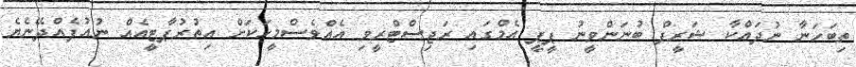
ތިބަހަނާ ނުދައްކާ ޝަރީފް ބުނަންވީނު ޕީޕީ އެމްގައި ރަޖިސްޓްރީވި އެއްވެސްމީހަކަށް އިތުރުޕާޓީއެއް ނުއުފެއްދޭނެޔެ